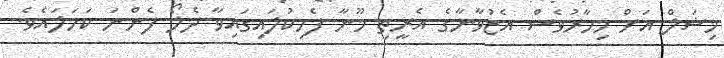
މިޝަލް އަށް މިހާރުވެސް އެޒުވާނާގެ އެރީތި މޫނާ ފެހިކުލައިގައިވާ ދެލޯ ފެންނަ ކަހަލައެވެ.